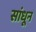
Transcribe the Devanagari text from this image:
सांधून